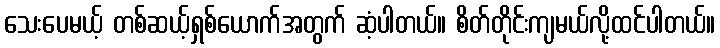
သေးပေမယ့် တစ်ဆယ့်ရှစ်ယောက်အတွက် ဆံ့ပါတယ်။ စိတ်တိုင်းကျမယ်လို့ထင်ပါတယ်။